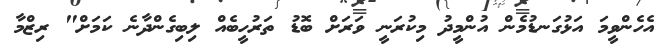
އެހެންވީމަ އަޅުގަނޑުމެން އުންމީދު މިކުރަނީ ވަރަށް ބޮޑު ތަރުހީބެއް ލިބިގެންދާނެ ކަމަށް" ރިޒްމާ